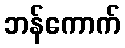
ဘန်ကောက်